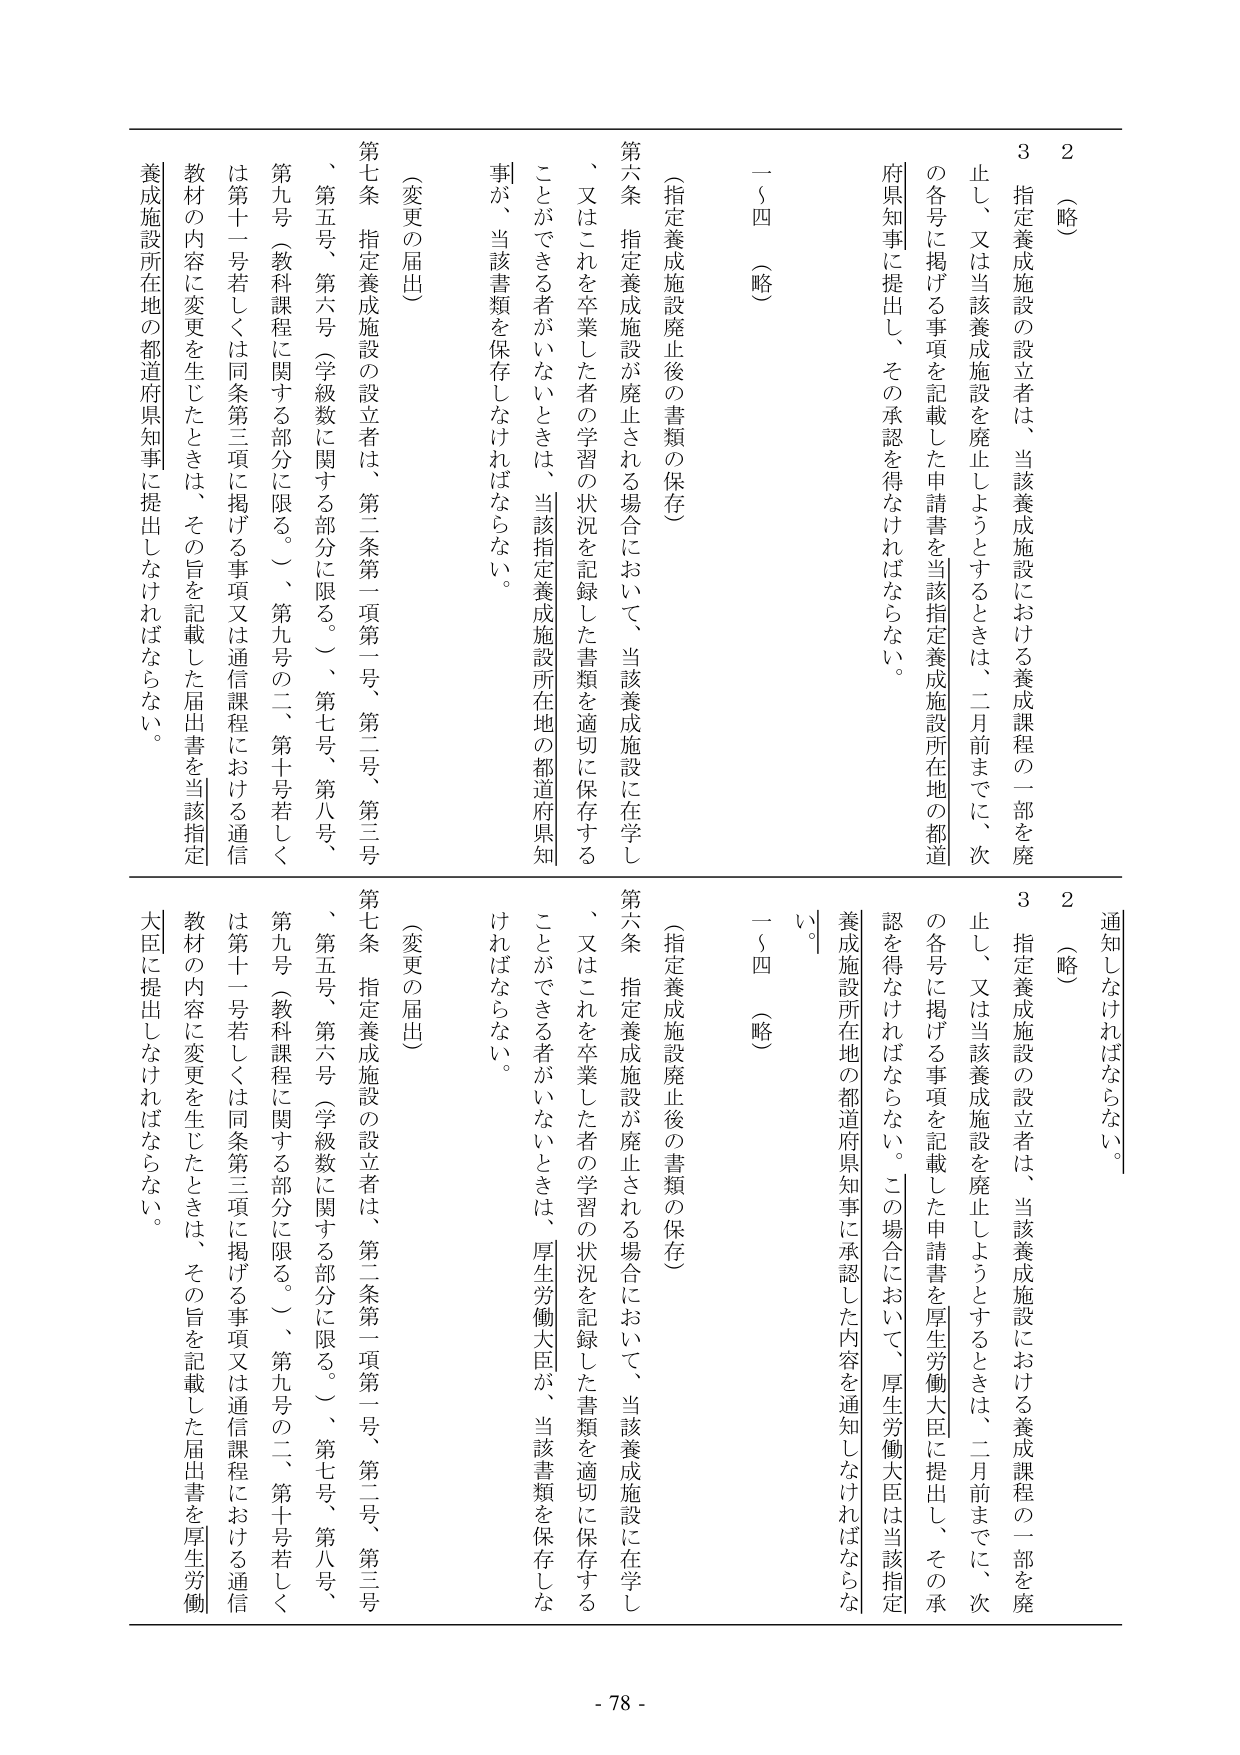
2（略）
3 指定養成施設の設立者は、当該養成施設における養成課程の一部を廃止し、又は当該養成施設を廃止しようとするときは、二月前までに、次の各号に掲げる事項を記載した申請書を当該指定養成施設所在地の都道府県知事に提出し、その承認を得なければならない。
（指定養成施設廃止後の書類の保存）
第六条 指定養成施設が廃止される場合において、当該養成施設に在学し、又はこれを卒業した者の学習の状況を記録した書類を適切に保存することができる者がいないときは、当該指定養成施設所在地の都道府県知事が、当該書類を保存しなければならない。
（変更の届出）
第七条 指定養成施設の設立者は、第二条第一項第一号、第二号、第三号、第五号、第六号（学級数に関する部分に限る。）、第七号、第八号、第九号（教科課程に関する部分に限る。）、第九号の二、第十号若しくは第十一号若しくは同条第三項に掲げる事項又は通信課程における通信教材の内容に変更を生じたときは、その旨を記載した届出書を当該指定養成施設所在地の都道府県知事に提出しなければならない。
一～四（略）

2（略）
3 指定養成施設の設立者は、当該養成施設における養成課程の一部を廃止し、又は当該養成施設を廃止しようとするときは、二月前までに、次の各号に掲げる事項を記載した申請書を厚生労働大臣に提出し、その承認を得なければならない。この場合において、厚生労働大臣は当該指定養成施設所在地の都道府県知事に承認した内容を通知しなければならない。
（指定養成施設廃止後の書類の保存）
第六条 指定養成施設が廃止される場合において、当該養成施設に在学し、又はこれを卒業した者の学習の状況を記録した書類を適切に保存することができる者がいないときは、厚生労働大臣が、当該書類を保存しなければならない。
（変更の届出）
第七条 指定養成施設の設立者は、第二条第一項第一号、第二号、第三号、第五号、第六号（学級数に関する部分に限る。）、第七号、第八号、第九号（教科課程に関する部分に限る。）、第九号の二、第十号若しくは第十一号若しくは同条第三項に掲げる事項又は通信課程における通信教材の内容に変更を生じたときは、その旨を記載した届出書を厚生労働大臣に提出しなければならない。
一～四（略）

- 78 -